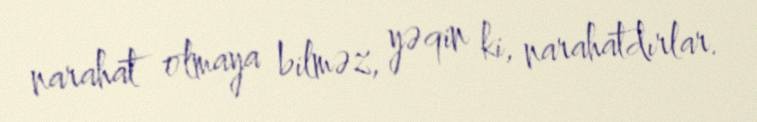
narahat olmaya bilməz, yəqin ki, narahatdırlar.